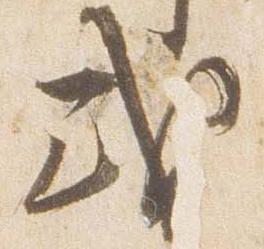
或